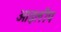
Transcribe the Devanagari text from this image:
आइलीप